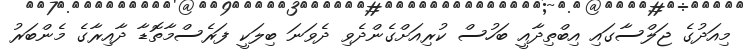
މިއަދުގެ ޖަލްސާގައި އިބްތިދާއީ ބަހުސް ކުރިއަށްގެންދެވި ދެވަނަ ބިލަކީ ފަރެސްމާތޮޑާ ދާއިރާގެ މެންބަރު